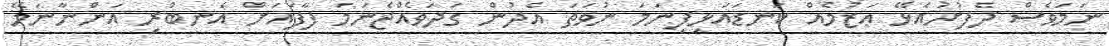
ނަމަވެސް ދެފުށުއެޅޭ ޢަޒުމެއް ކަނޑައަޅިފިނަމަ ނުވަތަ އެދުން ގަދަވެއްޖެނަމަ ފާފައަށް އެނބުރި އަންނާނަމޭ